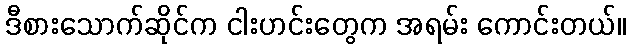
ဒီစားသောက်ဆိုင်က ငါးဟင်းတွေက အရမ်း ကောင်းတယ်။